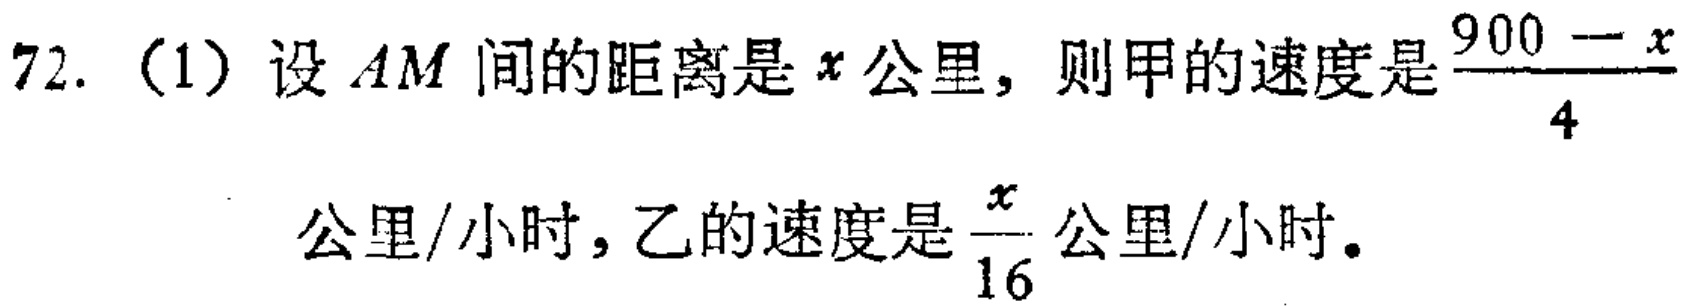
72. (1) 设 \(AM\) 间的距离是 \(x\) 公里，则甲的速度是 \(\frac{900 - x}{4}\) 公里/小时，乙的速度是 \(\frac{x}{16}\) 公里/小时。